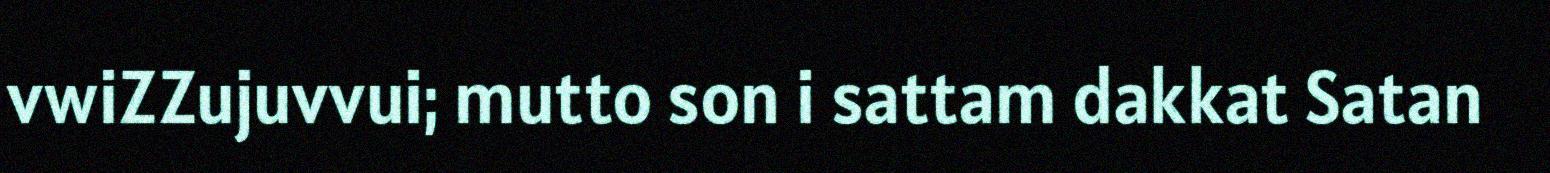
vwiZZujuvvui; mutto son i sattam dakkat Satan